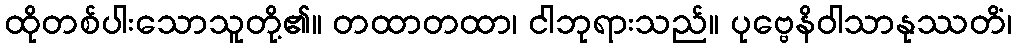
ထိုတစ်ပါးသောသူတို့၏။ တထာတထာ၊ ငါဘုရားသည်။ ပုဗ္ဗေနိဝါသာနုဿတိံ၊